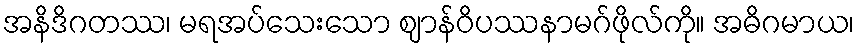
အနိဒိဂတဿ၊ မရအပ်သေးသော ဈာန်ဝိပဿနာမဂ်ဖိုလ်ကို။ အဓိဂမာယ၊